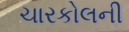
ચારકોલની